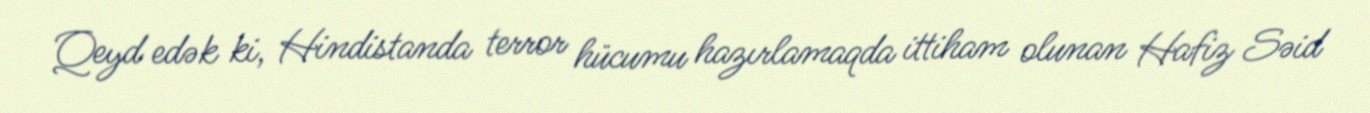
Qeyd edək ki, Hindistanda terror hücumu hazırlamaqda ittiham olunan Hafiz Səid